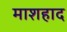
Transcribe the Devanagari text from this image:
माशहाद